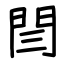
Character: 閆